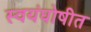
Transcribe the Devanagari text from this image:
स्वयंघोषीत